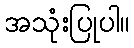
အသုံးပြုပါ။